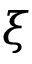
\xi